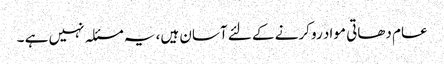
عام دھاتی مواد رو کرنے کے لئے آسان ہیں، یہ مسئلہ نہیں ہے ۔